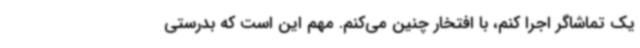
یک تماشاگر اجرا کنم، با افتخار چنین می‌کنم. مهم این است که بدرستی